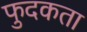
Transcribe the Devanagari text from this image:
फुदकता